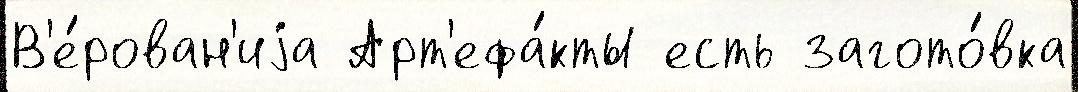
В'е́рован'иjа Арт'ефа́кты есть загото́вка